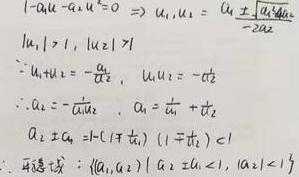
\[
\begin{align*}
1 - a_1u - a_2u^2 = 0 &\Rightarrow u_{1,2}=\frac{a_1\pm\sqrt{a_1^2 + 4a_2}}{-2a_2}\\
|u_1|>1, |u_2|>1\\
\because u_1 + u_2 = -\frac{a_1}{a_2}, u_1u_2 = -\frac{1}{a_2}\\
\therefore a_2 = -\frac{1}{u_1u_2}, a_1 = \frac{1}{u_1}+\frac{1}{u_2}\\
|a_2\pm a_1| = |(1\mp\frac{1}{u_1})(1\mp\frac{1}{u_2})|<1\\
\therefore \text{区域}:\{(a_1,a_2)||a_2\pm a_1|<1, |a_2|<1\}
\end{align*}
\]